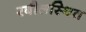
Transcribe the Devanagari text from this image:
रबौलस्थित